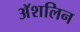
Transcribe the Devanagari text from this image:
अॅशलिन